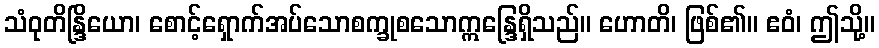
သံဝုတိန္ဒြိယော၊ စောင့်ရှောက်အပ်သောစက္ခုစသောဣန္ဒြေရှိသည်။ ဟောတိ၊ ဖြစ်၏။ ဧဝံ၊ ဤသို့။